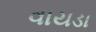
વાયડા